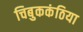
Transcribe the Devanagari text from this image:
चिबुककंठिया